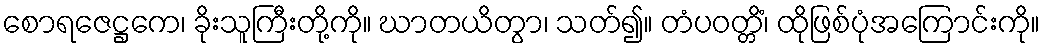
စောရဇေဋ္ဌကေ၊ ခိုးသူကြီးတို့ကို။ ဃာတယိတွာ၊ သတ်၍။ တံပဝတ္တိံ၊ ထိုဖြစ်ပုံအကြောင်းကို။